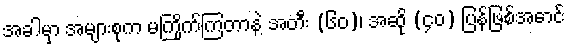
အခါမှာ အများစုက မကြိုက်ကြတာနဲ့ အတီး (၆၀)၊ အဆို (၄၀) ပြန်ဖြစ်အောင်